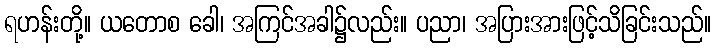
ရဟန်းတို့။ ယတောစ ခေါ၊ အကြင်အခါ၌လည်း။ ပညာ၊ အပြားအားဖြင့်သိခြင်းသည်။